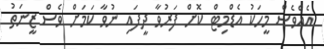
އެއްވެސް މީހަކު އެޑްމިޓް ކޮށް ފަރުވާ ދީފައި ނުވާ ކަމަށް ވެސް ޒީނަތު